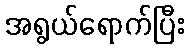
အရွယ်ရောက်ပြီး